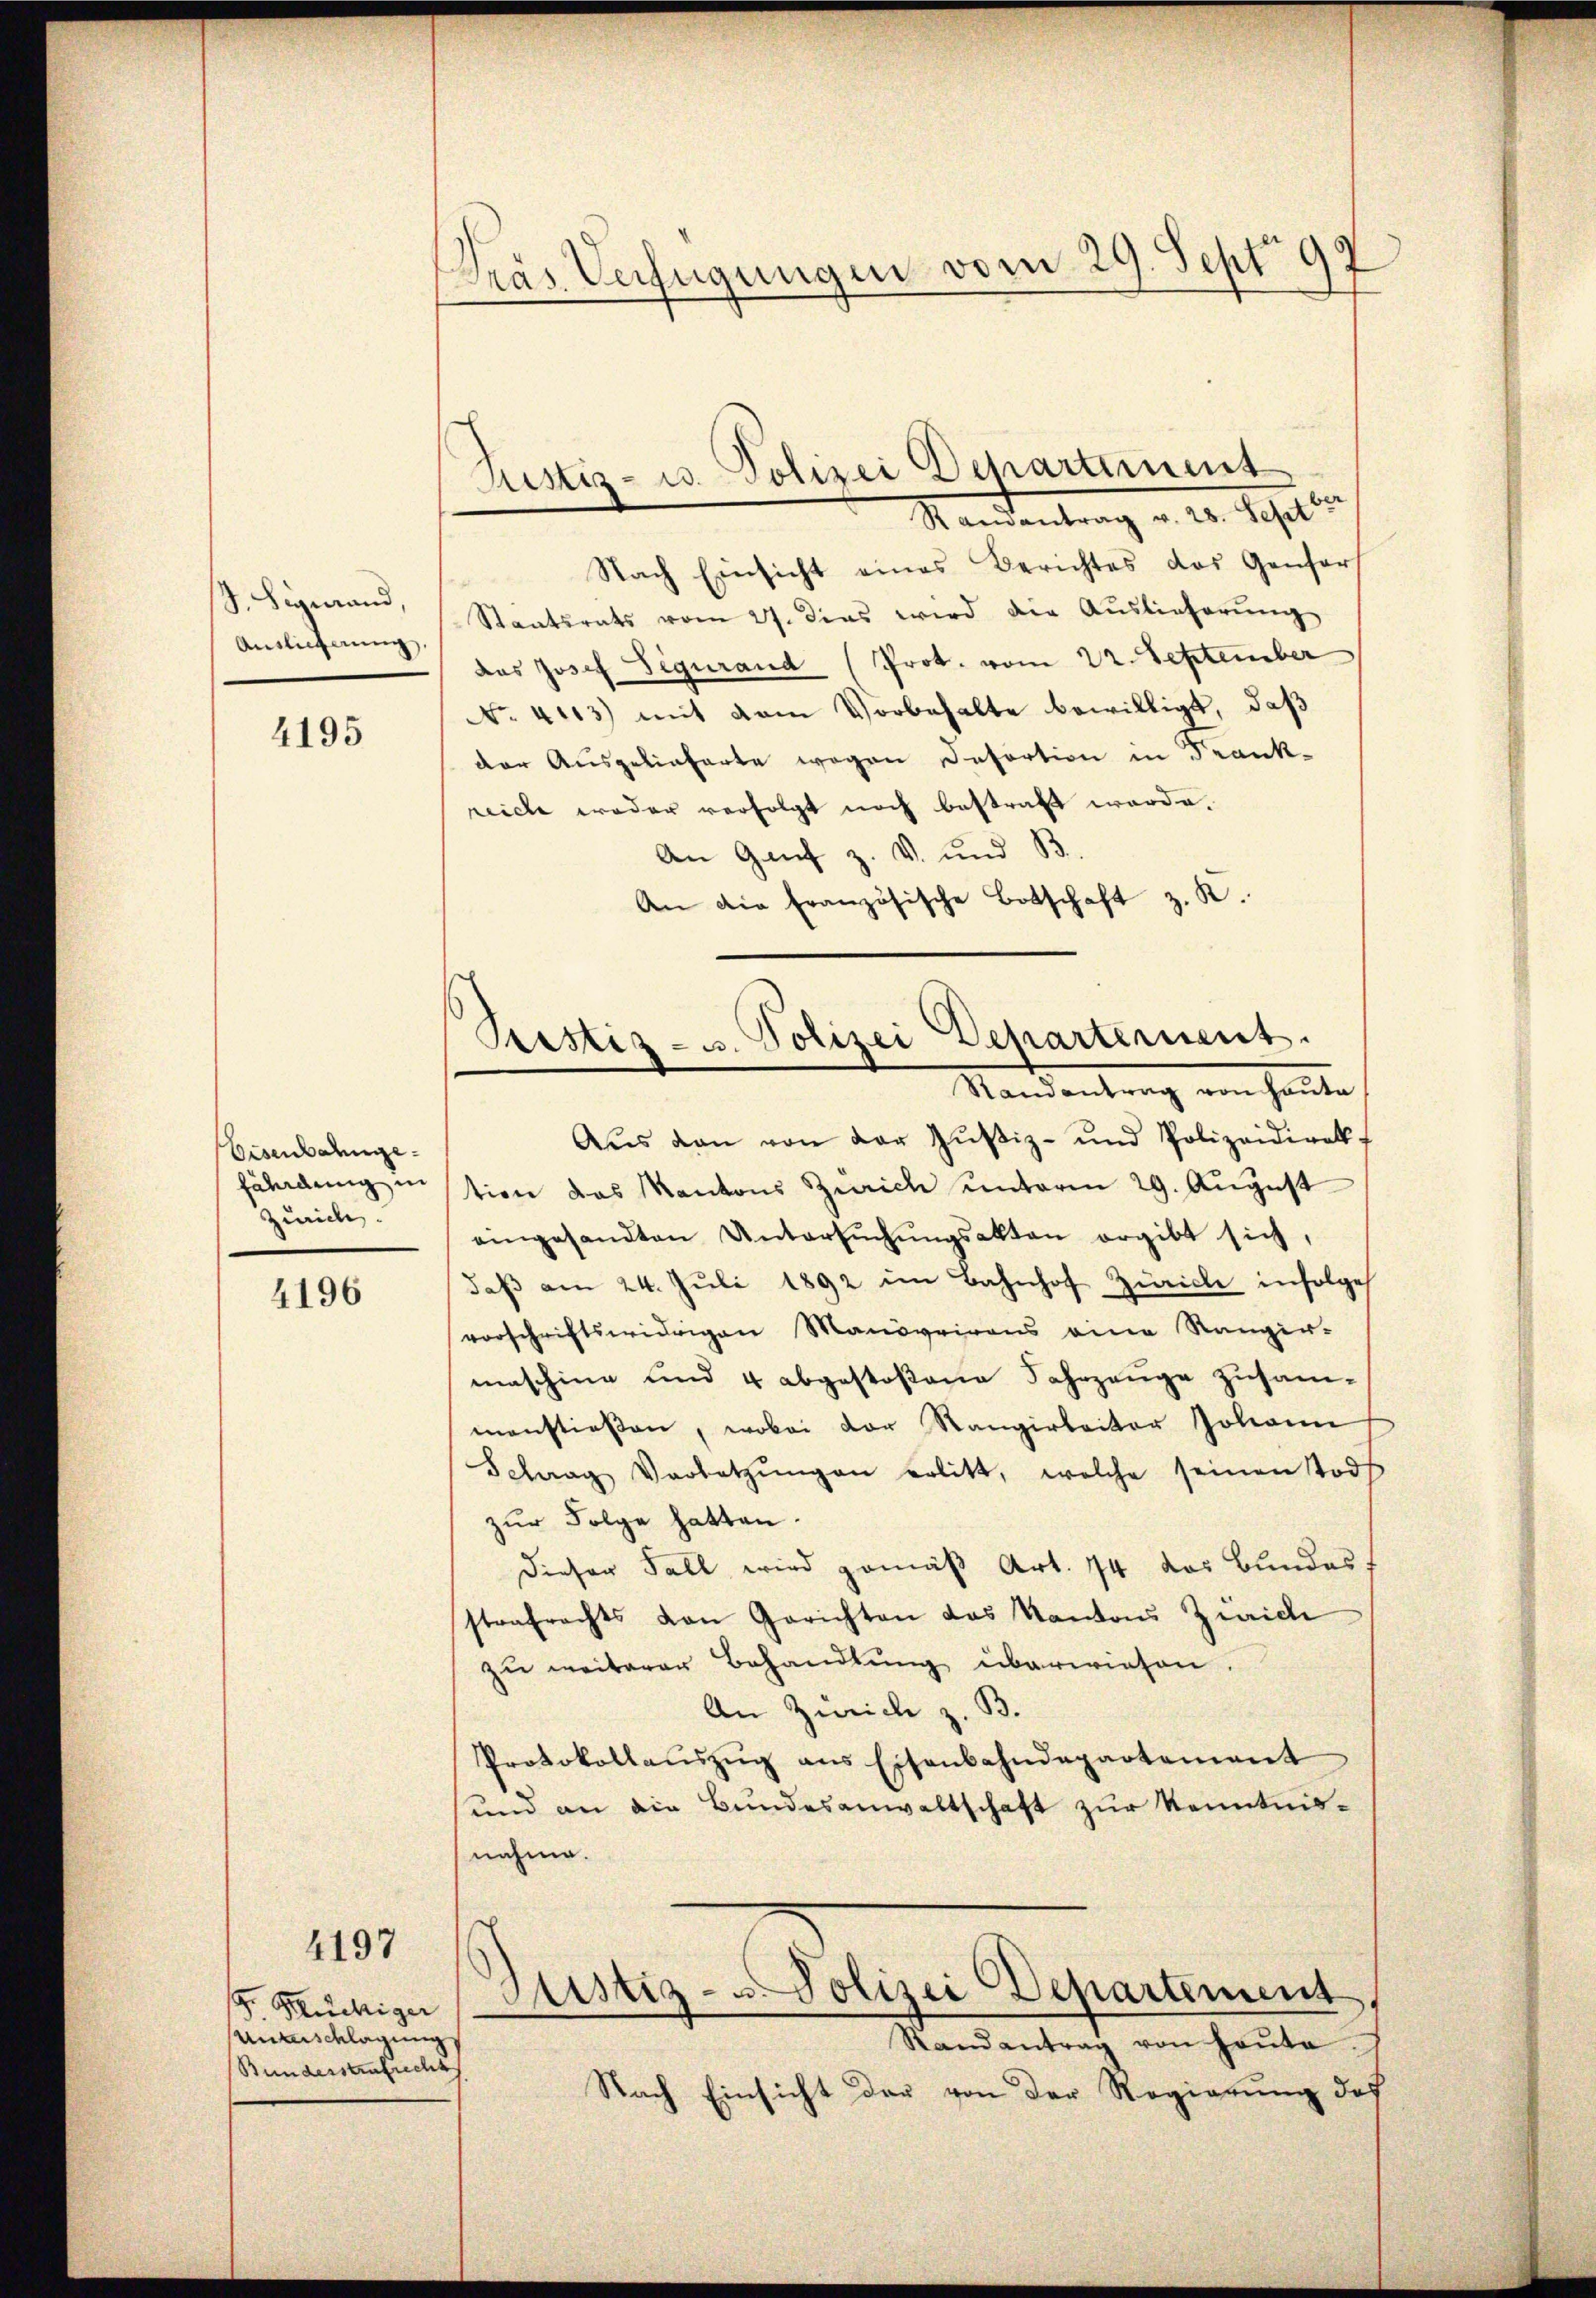
J. Signand,
Auslieferung,

4195

Eisenbahngefährdung in
Zürich.

4196

4197

G. Büchiger
Unbeschlagung
Stundesstrafrecht

Pras Verfügungen vom 29. Sept. 97

Ramantrag v. 28. Sept
Nach Einsicht eines Berichtes das Genfers
Staatsrats vom 27. dies wird die Auslieferŭng
das Josef Sigurand (Prot. vom 22. September
No. 4113) mit dem Vorbehalte bewilligt, daß
der Ausgelieferte wegen Desortion in Frank-
reiche weder verfolgt noch bestraft werde.
An Genf z. V. und B.
An die französische Botschaft z. R.
Aŭs den von der Zŭstiz- und Polizeidirek
tion das Kantons Zürich unterm 29. August
eingesandten Untersŭchŭngsakten ergibt sich,
daß am 24. Juli 1892 im Bahnhof Zürich infolge
vorschriftswidrigen Manövrirens eine Rangir-
maschine und 4 abgestoßene Fahrzeuge zusam-
manstießen, wobei der Rangirbeiter Johann
Schag Vorletzŭngen erlitt, welche seinen Todt
zur Folge hatten.
dieser Fall wird gemäß Art. 74 das Bundes
strafrechts von Gerichten das Kantons Zürich
zu weiterer Behandlung überwiesen.
An Zürich z. B.
Protokollaŭszŭg ans Eisenbahndepartement
und an die Bundesanwaltschaft zur Kenntnisnahme.
Justiz- Polizei Departement
Randantrag von Hauta
Nach Einsicht der von der Regierung des

Justiz- u. Polizei Departement

Prestiz- u. Polizei Departement.
Randantrag von Haute